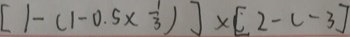
[ 1 - ( 1 - 0 . 5 \times \frac { 1 } { 3 } ) ] \times [ 2 - c - 3 ]